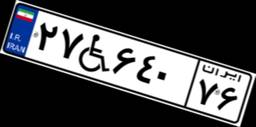
۲۷W۶۴۰۷۶